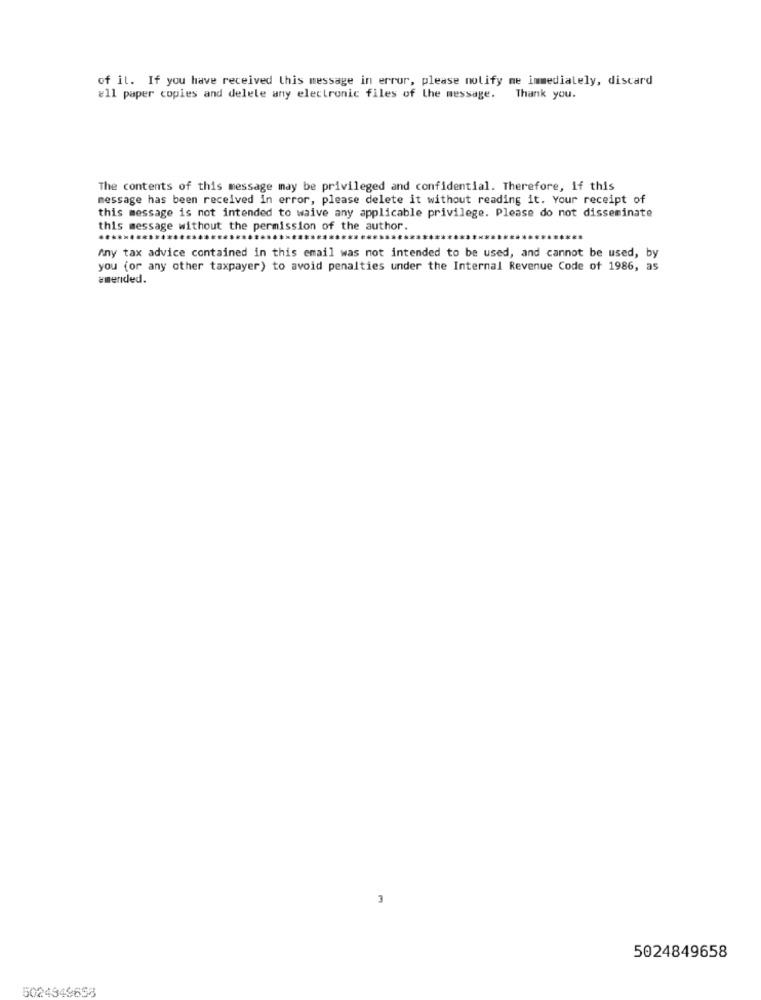
of il. If you have received this message in error, please notify me immediately, discard
#11 paper copies and delete any electronic files of the message.
Thank you.
The contents of this message may be privileged and confidential. Therefore, if this
message has been received in error, please delete it without reading it. Your receipt of
this message is not intended to waive any applicable privilege. Please do not disseminate
this message without the permission of the author.
Any tax advice contained in this email was not intended to be used, and cannot be used, by
you (or any other taxpayer) to avoid penalties under the Internal Revenue Code of 1986, as
amended.
3
5024849658
5024549658